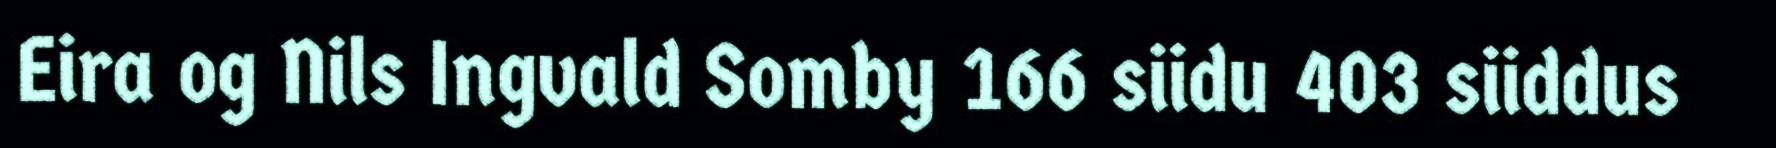
Eira og Nils Ingvald Somby 166 siidu 403 siiddus